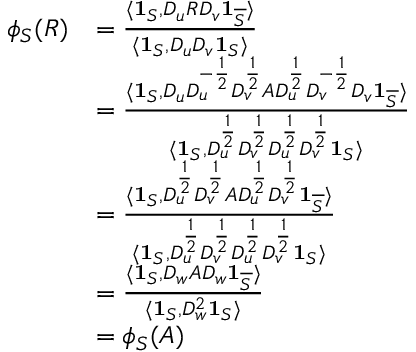
\begin{array} { r l } { \phi _ { S } ( R ) } & { = \frac { \langle \mathbf { 1 } _ { S } , D _ { u } R D _ { v } \mathbf { 1 } _ { \overline { { S } } } \rangle } { \langle \mathbf { 1 } _ { S } , D _ { u } D _ { v } \mathbf { 1 } _ { S } \rangle } } \\ & { = \frac { \langle \mathbf { 1 } _ { S } , D _ { u } D _ { u } ^ { - \frac { 1 } { 2 } } D _ { v } ^ { \frac { 1 } { 2 } } A D _ { u } ^ { \frac { 1 } { 2 } } D _ { v } ^ { - \frac { 1 } { 2 } } D _ { v } \mathbf { 1 } _ { \overline { { S } } } \rangle } { \langle \mathbf { 1 } _ { S } , D _ { u } ^ { \frac { 1 } { 2 } } D _ { v } ^ { \frac { 1 } { 2 } } D _ { u } ^ { \frac { 1 } { 2 } } D _ { v } ^ { \frac { 1 } { 2 } } \mathbf { 1 } _ { S } \rangle } } \\ & { = \frac { \langle \mathbf { 1 } _ { S } , D _ { u } ^ { \frac { 1 } { 2 } } D _ { v } ^ { \frac { 1 } { 2 } } A D _ { u } ^ { \frac { 1 } { 2 } } D _ { v } ^ { \frac { 1 } { 2 } } \mathbf { 1 } _ { \overline { { S } } } \rangle } { \langle \mathbf { 1 } _ { S } , D _ { u } ^ { \frac { 1 } { 2 } } D _ { v } ^ { \frac { 1 } { 2 } } D _ { u } ^ { \frac { 1 } { 2 } } D _ { v } ^ { \frac { 1 } { 2 } } \mathbf { 1 } _ { S } \rangle } } \\ & { = \frac { \langle \mathbf { 1 } _ { S } , D _ { w } A D _ { w } \mathbf { 1 } _ { \overline { { S } } } \rangle } { \langle \mathbf { 1 } _ { S } , D _ { w } ^ { 2 } \mathbf { 1 } _ { S } \rangle } } \\ & { = \phi _ { S } ( A ) } \end{array}